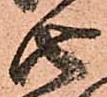
由